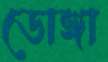
ডোঙ্গা